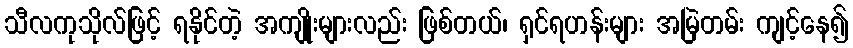
သီလကုသိုလ်ဖြင့် ရနိုင်တဲ့ အကျိုးများလည်း ဖြစ်တယ်၊ ရှင်ရဟန်းများ အမြဲတမ်း ကျင့်နေ၍